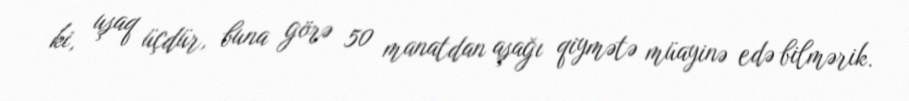
ki, uşaq üçdür, buna görə 50 manatdan aşağı qiymətə müayinə edə bilmərik.